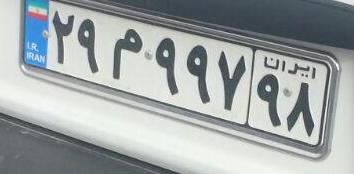
۲۹م۹۹۷۹۸